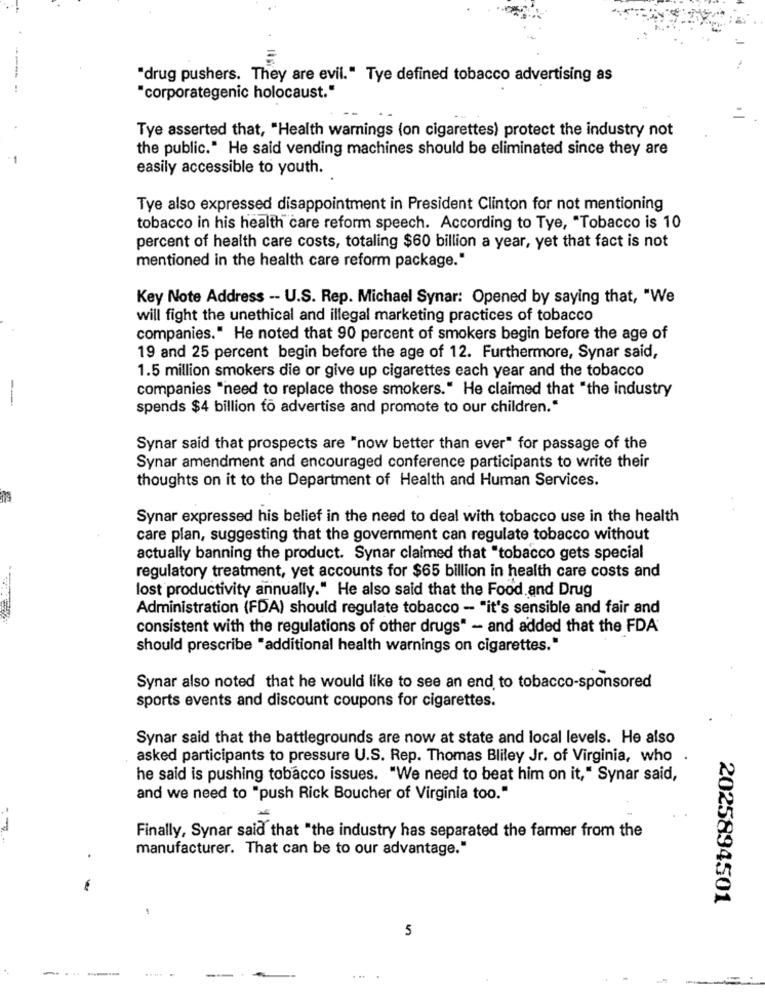
"drug pushers. They are evil." Tye defined tobacco advertising as
----
"corporategenic holocaust."
Tye asserted that, "Health warnings (on cigarettes) protect the industry not
the public." He said vending machines should be eliminated since they are
easily accessible to youth.
Tye also expressed disappointment in President Clinton for not mentioning
tobacco in his health care reform speech. According to Tye, "Tobacco is 10
percent of health care costs, totaling $60 billion a year, yet that fact is not
mentioned in the health care reform package."
Key Note Address -- U.S. Rep. Michael Synar: Opened by saying that, "We
will fight the unethical and illegal marketing practices of tobacco
companies." He noted that 90 percent of smokers begin before the age of
19 and 25 percent begin before the age of 12. Furthermore, Synar said,
1.5 million smokers die or give up cigarettes each year and the tobacco
companies "need to replace those smokers." He claimed that "the industry
---
spends $4 billion to advertise and promote to our children."
Synar said that prospects are "now better than ever" for passage of the
Synar amendment and encouraged conference participants to write their
thoughts on it to the Department of Health and Human Services.
Synar expressed his belief in the need to deal with tobacco use in the health
care plan, suggesting that the government can regulate tobacco without
actually banning the product. Synar claimed that "tobacco gets special
regulatory treatment, yet accounts for $65 billion in health care costs and
lost productivity annually." He also said that the Food and Drug
Administration (FDA) should regulate tobacco - "it's sensible and fair and
consistent with the regulations of other drugs" - and added that the FDA
should prescribe "additional health warnings on cigarettes."
Synar also noted that he would like to see an end to tobacco-sponsored
sports events and discount coupons for cigarettes.
Synar said that the battlegrounds are now at state and local levels. He also
asked participants to pressure U.S. Rep. Thomas Bliley Jr. of Virginia, who .
he said is pushing tobacco issues. "We need to beat him on it," Synar said,
and we need to "push Rick Boucher of Virginia too."
Finally, Synar said that "the industry has separated the farmer from the
manufacturer. That can be to our advantage."
.
-
2025894501
5
----
... .